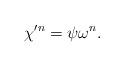
LaTeX: \begin{align*}\chi'^n = \psi \omega^n.\end{align*}